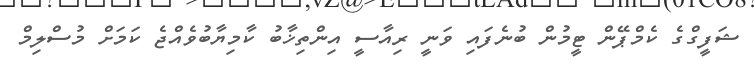
ޝަފީގްގެ ކެމްޕޭން ޓީމުން ބުނެފައި ވަނީ ރިއާސީ އިންތިޚާބު ކާމިޔާބުވެއްޖެ ކަމަށް މުސްލިމް